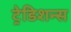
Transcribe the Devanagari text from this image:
ट्रेडिशन्स